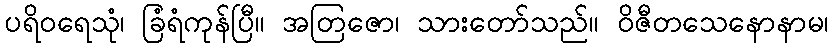
ပရိဝရေသုံ၊ ခြံရံကုန်ပြီ။ အတြဇော၊ သားတော်သည်။ ဝိဇီတသေနောနာမ၊